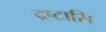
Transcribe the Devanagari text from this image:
द्रष्टासि